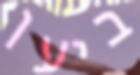
ביען